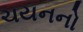
ચયનનો